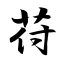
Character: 苻